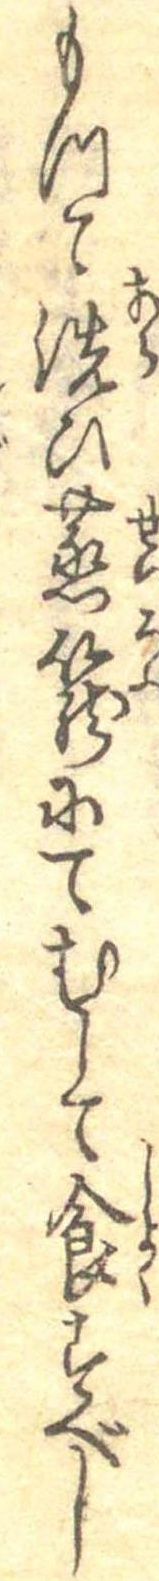
もつて洗ひ蒸篭にてむして食すべし